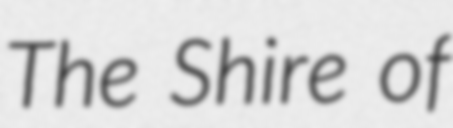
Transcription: The Shire of